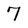
Character: 7